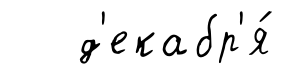
д'екабр'я́